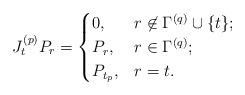
LaTeX: \begin{align*}J_t^{(p)}P_r=\begin{cases}0, & r\not\in \Gamma^{(q)}\cup\{t\};\\P_r, & r\in \Gamma^{(q)};\\P_{t_p}, & r=t.\end{cases}\end{align*}